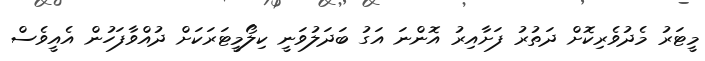
މީޓަރު މެދުވެރިކޮށް ދަތުރު ފަށާއިރު އޮންނަ އަގު ބަދަލުވަނީ ކިލޯމީޓަރަކަށް ދުއްވާފަހުން އެއީވެސް